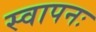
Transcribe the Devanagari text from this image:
स्वापनः